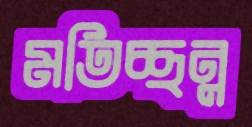
মতিচ্ছন্ন